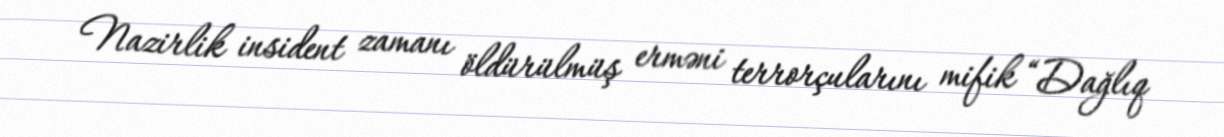
Nazirlik insident zamanı öldürülmüş erməni terrorçularını mifik “Dağlıq